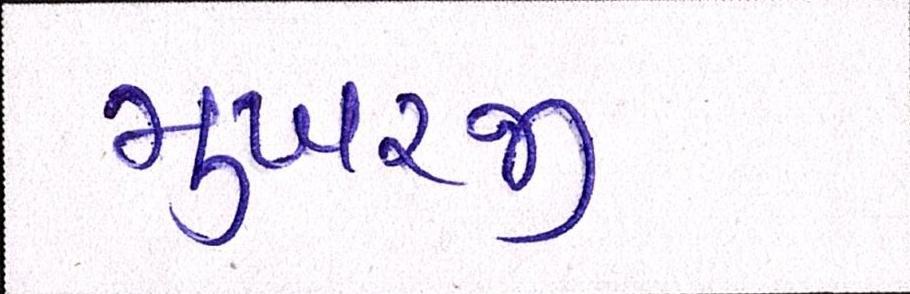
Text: મુખરજી